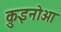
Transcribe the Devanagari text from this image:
क़ुइनोआ